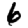
Digit: 6